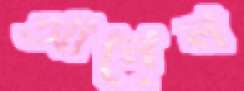
আনেন